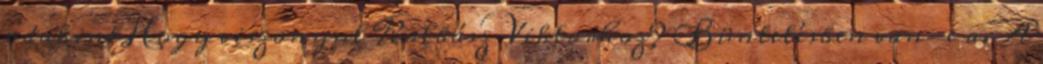
odakint Hogy viszonyul Kolbász Viktorhoz? Büntetésben van-e a. A